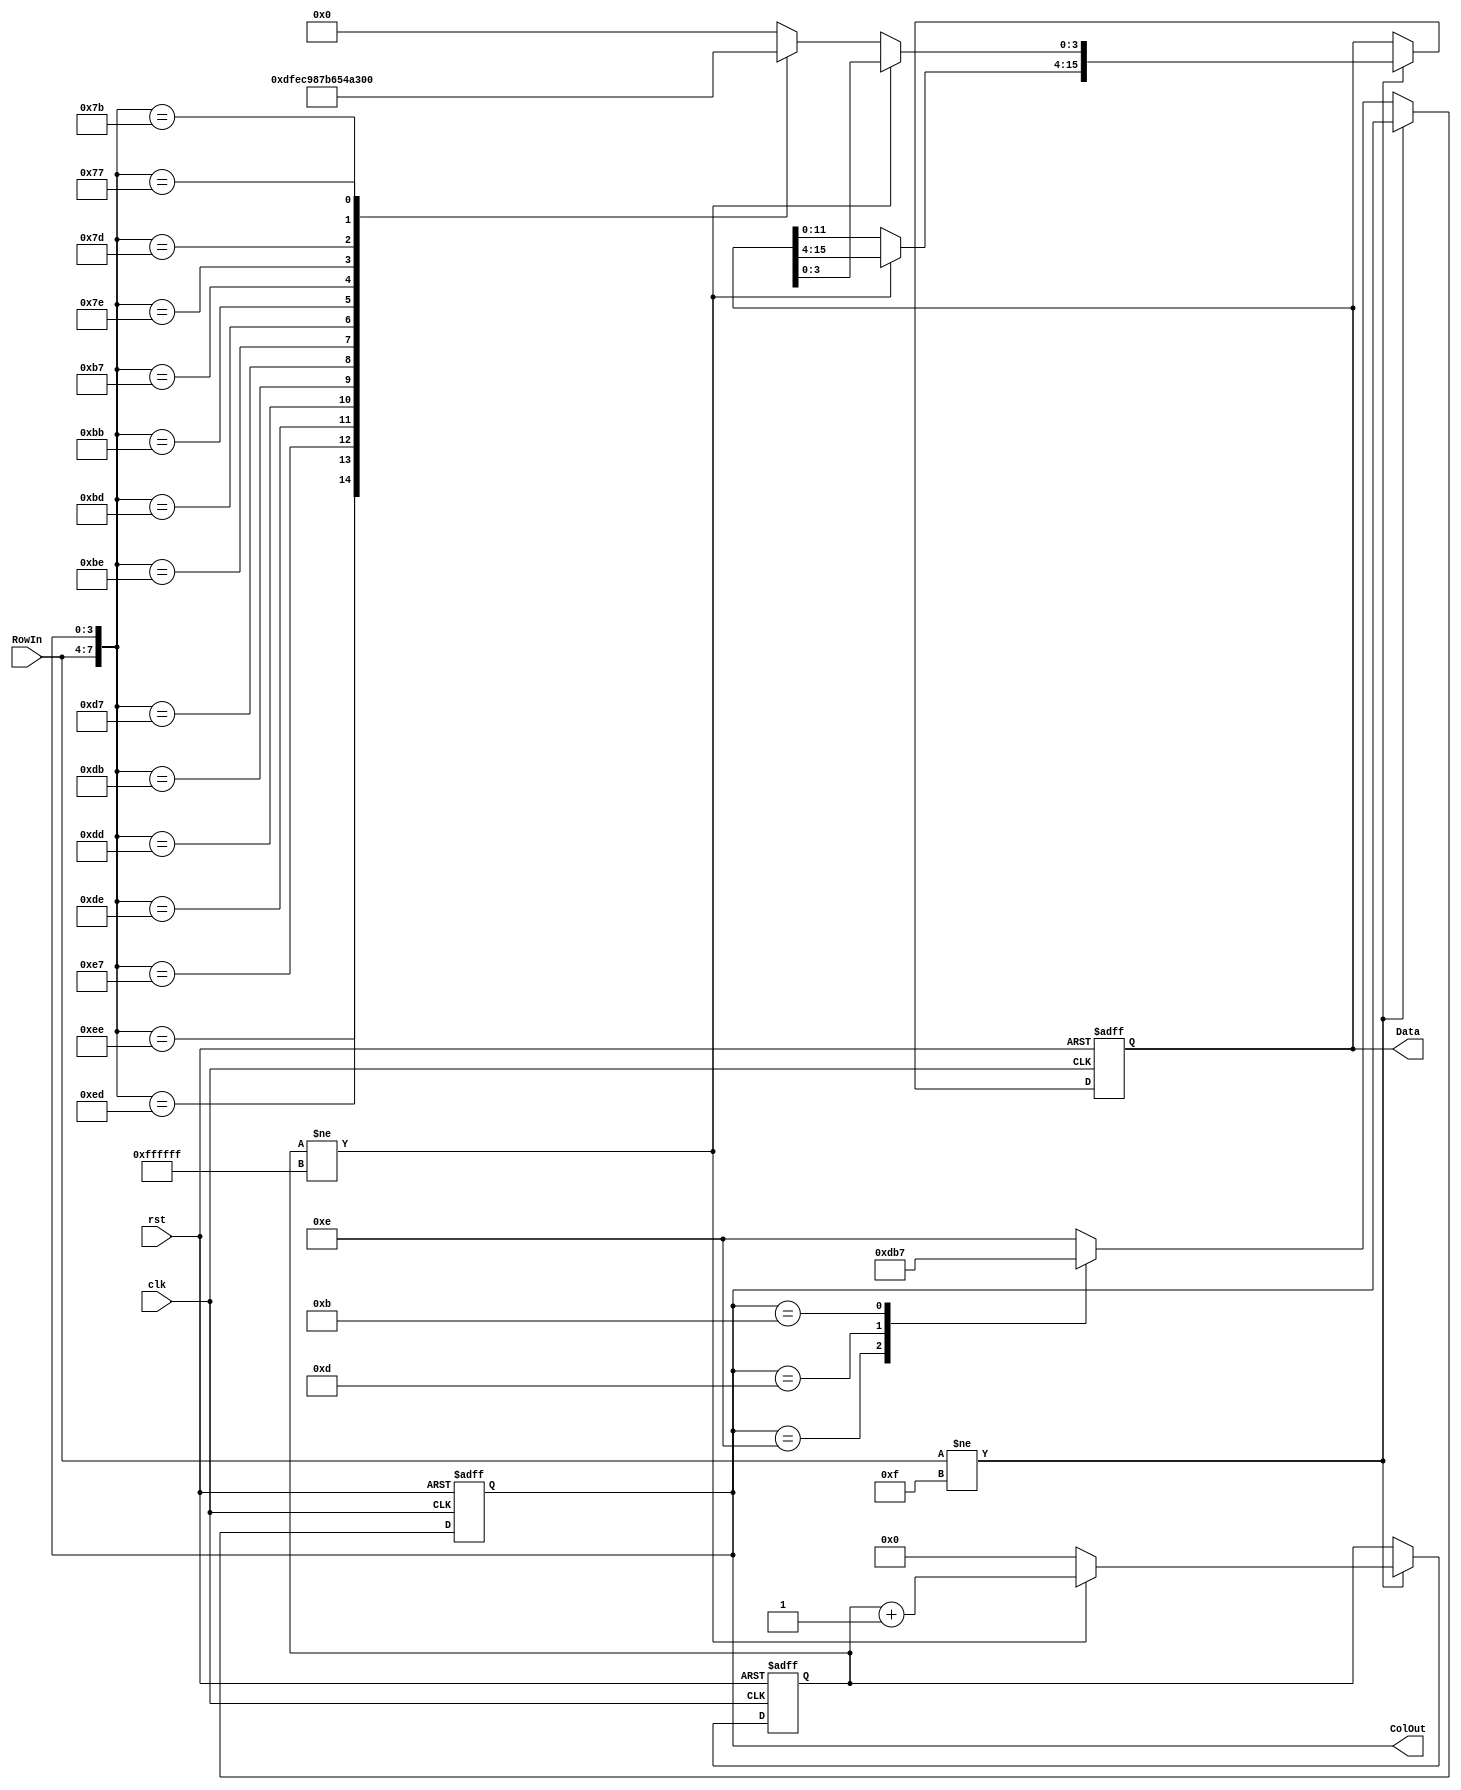
module keypad_scanner(clk, rst, ColOut, RowIn, Data);
	input clk, rst;
	input [3:0] RowIn;
	output reg [3:0] ColOut;
	output reg [15:0] Data;
	reg [23:0] dbnc;

	always @(posedge clk or negedge rst)
  begin
		if (rst == 0)
    begin
			ColOut	<= 4'b1110;
			Data <= 4'h0;
			dbnc <= 0;

		end else begin
			if (RowIn != 4'b1111)
      begin
					if (dbnc != 24'hFFFFFF)
          begin
						dbnc <= dbnc + 1;
					end
          else
          begin
					  Data = Data << 4;
						Data[3:0] <= get_value(RowIn,ColOut);
						dbnc <= 0;
					end
			end
      else
      begin
				case(ColOut)
					4'b1110: ColOut <= 4'b1101;
					4'b1101: ColOut <= 4'b1011;
					4'b1011: ColOut <= 4'b0111;
					4'b0111: ColOut <= 4'b1110;
					default: ColOut <= 4'b1110;
				endcase
			end
		end
	end


	function [3:0] get_value;
		input [3:0] row, col;
		case ({row,col})
			8'b11101110: get_value = 4'hd;
			8'b11101101: get_value = 4'hF;
			8'b11101011: get_value = 4'h0;
			8'b11100111: get_value = 4'hE;
			8'b11011110: get_value = 4'hc;
			8'b11011101: get_value = 4'h9;
			8'b11011011: get_value = 4'h8;
			8'b11010111: get_value = 4'h7;
			8'b10111110: get_value = 4'hb;
			8'b10111101: get_value = 4'h6;
			8'b10111011: get_value = 4'h5;
			8'b10110111: get_value = 4'h4;
			8'b01111110: get_value = 4'hA;
			8'b01111101: get_value = 4'h3;
			8'b01111011: get_value = 4'h2;
			8'b01110111: get_value = 4'h1;
			default:	get_value = 4'h0;
		endcase
	endfunction
endmodule